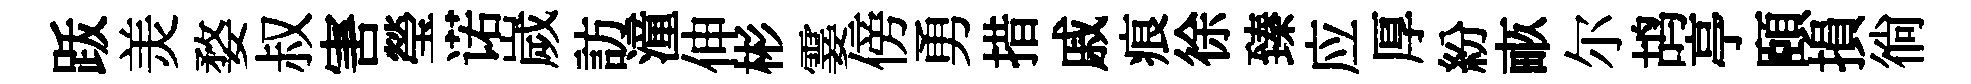
䟦羙婺叔害瑩诺嵗訪潼伸彬霎傍勇措戚痕徐臻应厚紛畞尔鸪亭頤損徜